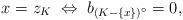
LaTeX: \begin{align*}x = z_K\; \Leftrightarrow\; b_{(K - \{x\})^\circ} = 0, \end{align*}